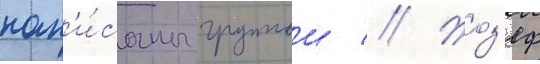
нап'и́саны группои // Жоз'еф